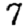
Digit: 7